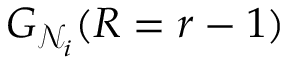
G _ { \mathcal { N } _ { i } } ( R = r - 1 )